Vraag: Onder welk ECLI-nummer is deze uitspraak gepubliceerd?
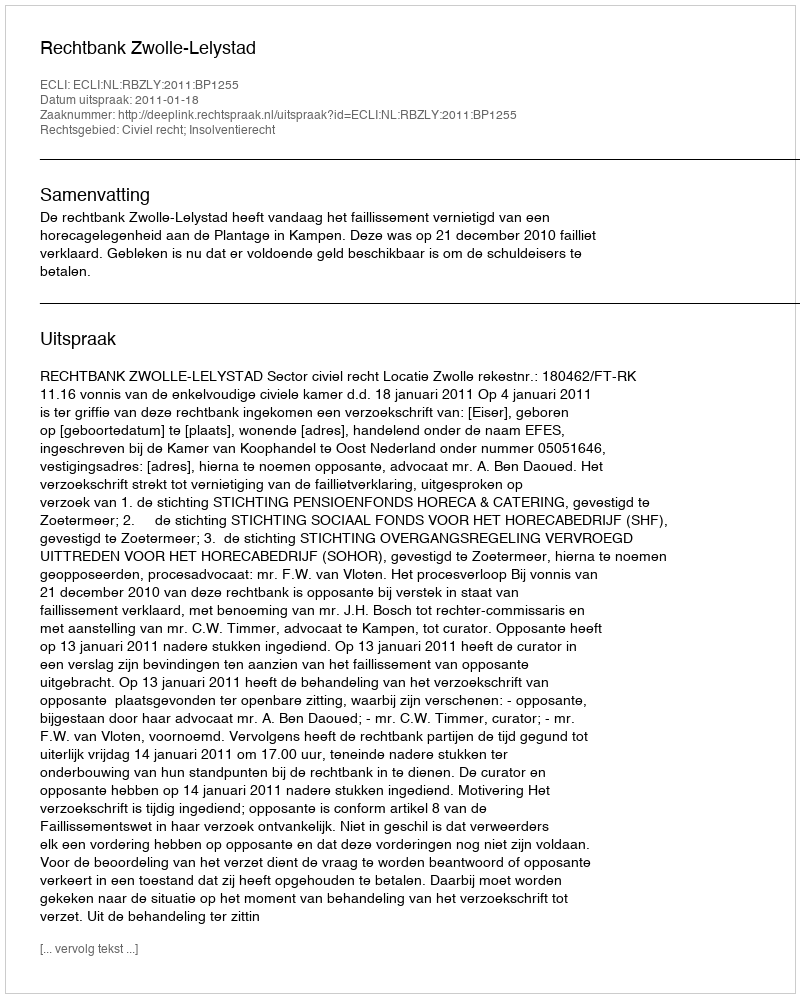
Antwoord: ECLI:NL:RBZLY:2011:BP1255